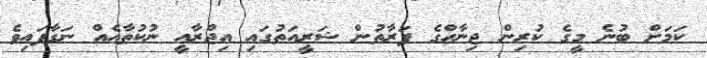
ކަމަށް ބުނެ މީގެ ކުރިން ޖިނާހްގެ ފަރާތުން ޝަރީއަތުގައި އިޖްރާއީ ނުކުތާއެއް ނަގާފައިވެ